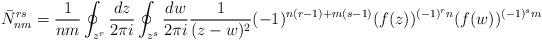
LaTeX: \begin{align*}\bar{N}^{rs}_{nm} = \frac{1}{nm} \oint_{z^r} \frac{dz}{2 \pi i} \oint_{z^s} \frac{dw}{2 \pi i} \frac{1}{ (z-w)^2} (-1)^{n (r-1) + m (s-1)}(f (z))^{(-1)^r n} (f (w))^{(-1)^s m} \end{align*}